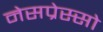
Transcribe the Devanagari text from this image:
नेसप्रेस्सो